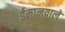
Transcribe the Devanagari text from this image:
ईमानवाले